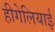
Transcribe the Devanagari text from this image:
हीगेलियाई